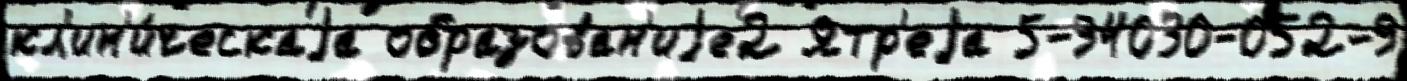
кл'ин'и́ческаjа образован'иjе2 Ятр'еjа 5-94030-052-9